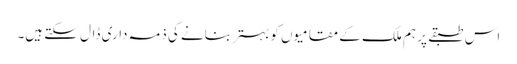
اس طبقے پر ہم ملک کے مقامیوں کو بہتر بنانے کی ذمہ داری ڈال سکتے ہیں۔